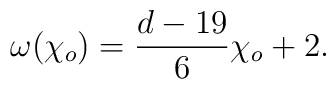
\omega({\chi_o})={{d-19}\over{6}}{\chi_o}+2.